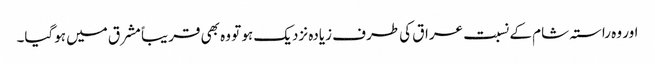
اور وہ راستہ شام کے نسبت عراق کی طرف زیادہ نزدیک ہو تو وہ بھی قریباً مشرق میں ہوگیا۔